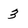
Character: 3